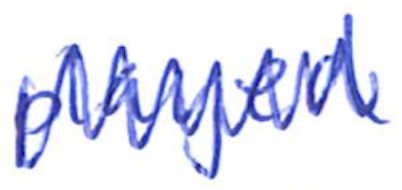
Text: played
Cross-out: zig-zag
Writing tool: ballpoint